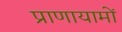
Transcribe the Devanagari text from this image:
प्राणायामों